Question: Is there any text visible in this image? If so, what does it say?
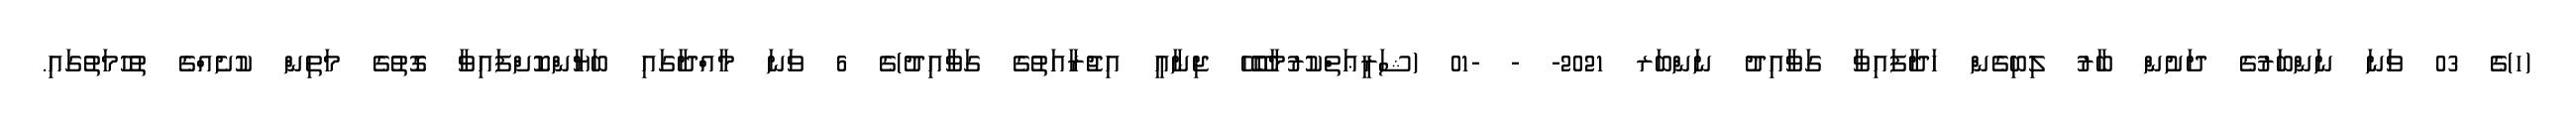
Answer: (ހ)ގެ 03 ވަނަ ނަންބަރުގެ ދަށުން ބާރު ލިބިގެން ހަދާފައިވާ ގަވާއިދު ނަންބަރ 2021- - -01 (ޝަރީޢަތްކުރުމާބޭހޭ ޖިނާއީ އިޖުރާއަތުގެ ގަވާއިދު)ގެ 6 ވަނަ މާއްދާގައި ބަޔާންކޮށްފައިވާ ގޮތުގެ މަތިން ކުށެއްގެ ތުހުމަތުގައި.